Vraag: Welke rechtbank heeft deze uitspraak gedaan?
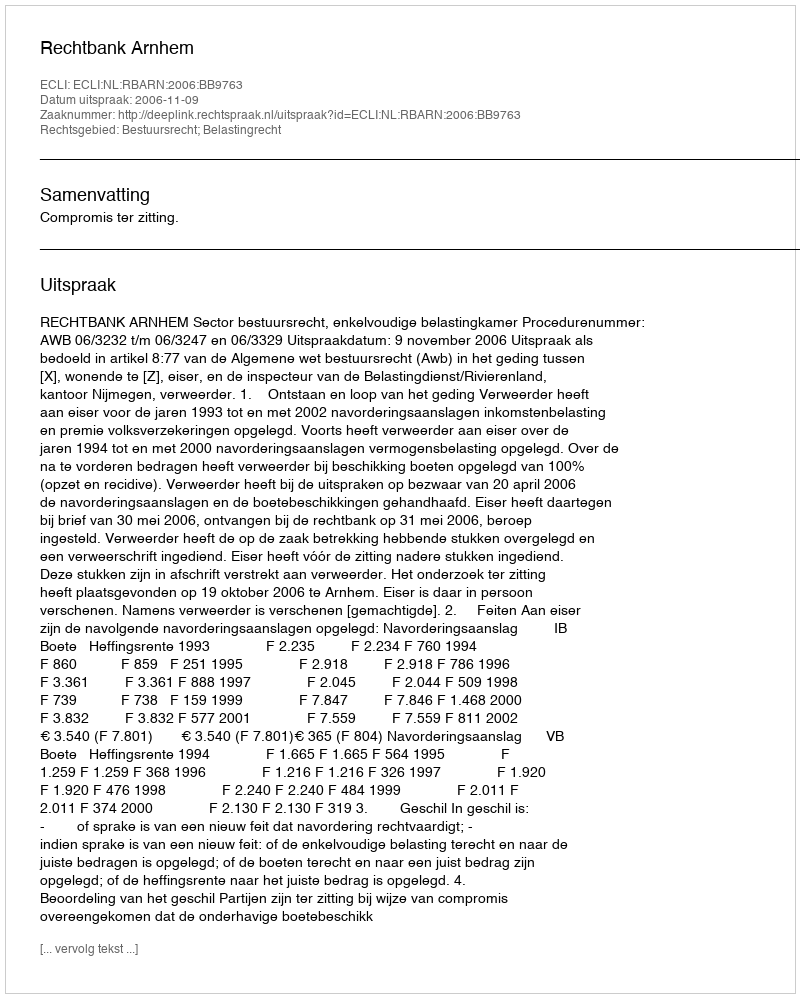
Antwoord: Rechtbank Arnhem